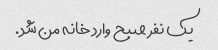
یک نفر صبح وارد خانه من شد.